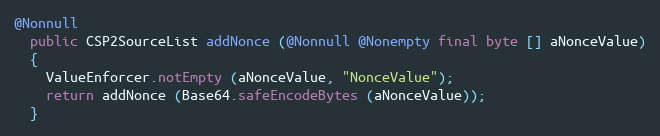
Language: Java
@Nonnull
  public CSP2SourceList addNonce (@Nonnull @Nonempty final byte [] aNonceValue)
  {
    ValueEnforcer.notEmpty (aNonceValue, "NonceValue");
    return addNonce (Base64.safeEncodeBytes (aNonceValue));
  }